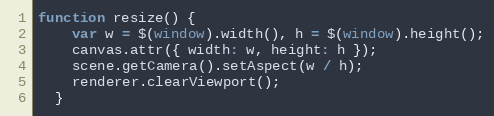
Language: JavaScript
function resize() {
    var w = $(window).width(), h = $(window).height();
    canvas.attr({ width: w, height: h });
    scene.getCamera().setAspect(w / h);
    renderer.clearViewport();
  }